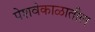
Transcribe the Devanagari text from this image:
पेशवेकाळातील